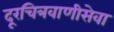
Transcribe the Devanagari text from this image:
दूरचित्रवाणीसेवा